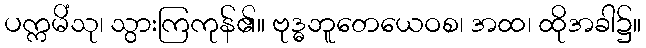
ပက္ကမိံသု၊ သွားကြကုန်၏။ ဗုဒ္ဓဘူတေယေဝစ၊ အထ၊ ထိုအခါ၌။